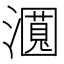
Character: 𬉛